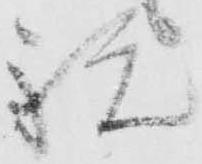
祝